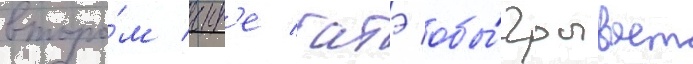
второ́м тур'е батэ обы́грывает